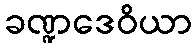
ခဏ္ဍဒေဝိယာ